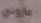
ماروني